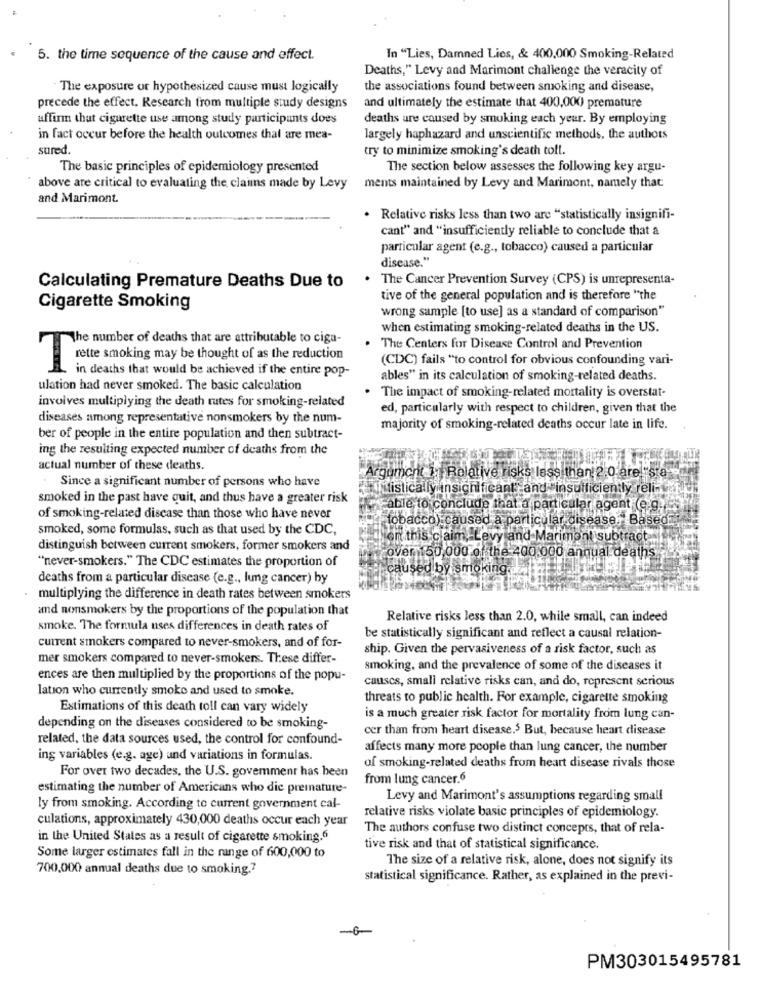
5. the time sequence of the cause and effect.
In "Lies, Damned Lies, & 400,000 Smoking-Related
Deaths," Levy and Marimont challenge the veracity of
The exposure or hypothesized cause must logically
the associations found between smoking and disease,
and ultimately the estimate that 400,000) premature
precede the effect. Research from multiple study designs
uffinn that cigurette use among study participants does
deaths are caused by smoking each year. By employing
in fact occur before the health outcomes that are mea-
largely haphazard and unscientific methods, the authors
sured.
try to minimize smoking's death toll.
The basic principles of epidemiology presented
The section below assesses the following key argu-
above are critical to evaluating the claims made by Levy
ments maintained by Levy and Marimont, namely that
and Marimont.
. Relative risks less than two are "statistically insignifi-
cant" and "insufficiently reliable to conclude that a
particular agent (e.g ., tobacco) caused a particular
disease."
. The Cancer Prevention Survey (CPS) is unrepresenta-
Calculating Premature Deaths Due to
tive of the general population and is therefore "the
Cigarette Smoking
wrong sample [to use] as a standard of comparison"
when estimating smoking-related deaths in the US.
The number of deaths that are attributable to ciga-
The Centers for Disease Control and Prevention
(CDC) fails "to control for obvious confounding vari-
rette smoking may be thought of as the reduction
in deaths that would be achieved if the entire pop-
ables" in its calculation of smoking-related deaths.
ulation had never smoked. The basic calculation
involves multiplying the death rutes for smoking-related
The impact of smoking-related mortality is overstat-
ed, particularly with respect to children, given that the
diseases among representative nonsmokers by the num-
majority of smoking-related deaths occur late in life.
ber of people in the entire population and then subtract-
ing the resulting expected number of deaths from the
actual number of these deaths.
Since a significant number of persons who have
Argument : Relative risks less than 2.0 are "sta-
istically insignificant and insufficiently relin
smoked in the past have quit, and thus have a greater risk
Fable to conclude that a particular agent (e.g.
of smoking-related disease than those who have never
"tobacco) caused a particular disease. Base
smoked, some formulas, such as that used by the CDC,
len this claim, Levy and Marimontisubtract-
distinguish between current smokers, former smokers and
cover 150,000 of the 400.000 annual deaths.
"never-smokers." The CDC estimates the proportion of
aused by
deaths from a particular disease (e.g ., lung cancer) by
multiplying the difference in death rates between smokers
and nonsmokers by the proportions of the population that
Relative risks less than 2.0, while small, can indeed
smoke. The formula uses differences in death rates of
current smokers compared to never-smokers, and of for-
be statistically significant and reflect a causal relation-
ship. Given the pervasiveness of a risk factor, such as
mer smokers compared to never-smokers. These differ-
smoking, and the prevalence of some of the diseases it
ences are then multiplied by the proportions of the popu-
lation who currently smoke and used to smoke.
causcs, small relative risks can, and do, represent serious
threats to public health. For example, cigarette smoking
Estimations of this death toll can vary widely
is a much greater risk factor for mortality from lung can-
depending on the diseases considered to be smoking-
cer than from heart disease.5 But, because heart disease
related, the data sources used, the control for confound-
affects many more people than lung cancer, the number
ing variables (e.g. age) and variations in formulas.
For over two decades, the U.S. govemmenr has been
of smoking-related deaths from heart disease rivals those
from lung cancer.6
estimating the number of Americans who die premature-
Levy and Marimont's assumptions regarding small
ly from smoking. According to current government cal-
culations, approximately 430,000 deaths occur each year
relative risks violate basic principles of epidemiology.
The authors confuse two distinct concepts, that of rela-
in the United States as a result of cigarette smoking.6
tive risk and that of statistical significance.
Some larger estimates fall in the range of 600,000 to
The size of a relative risk, alone, does not signify its
700,000 annual deaths due to smoking .?
statistical significance. Rather, as explained in the previ-
PM303015495781